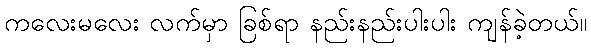
ကလေးမလေး လက်မှာ ခြစ်ရာ နည်းနည်းပါးပါး ကျန်ခဲ့တယ်။